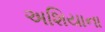
અશિયાના